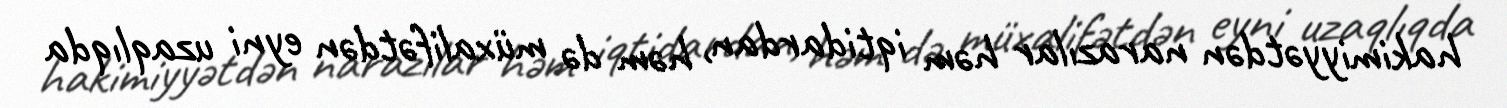
hakimiyyətdən narazılar həm iqtidardan, həm də müxalifətdən eyni uzaqlıqda